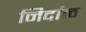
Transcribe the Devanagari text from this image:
निर्दाळ